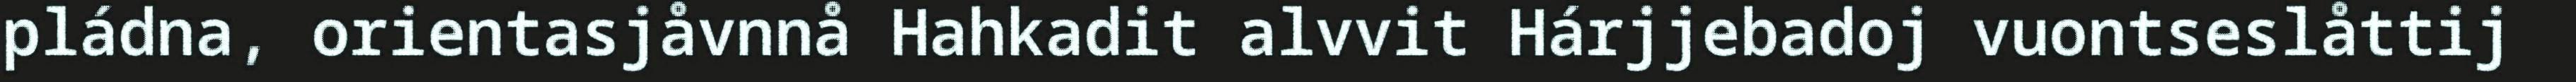
pládna, orientasjåvnnå Hahkadit alvvit Hárjjebadoj vuontseslåttij